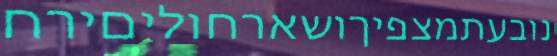
נובעתמצפיךושארחוליםירח